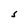
Character: S